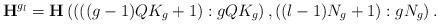
LaTeX: \begin{align*}\mathbf{H}^{g_l} = \mathbf{H}\left( \left( \left((g-1)QK_g + 1 \right):gQK_g \right), ((l-1)N_g + 1):gN_g \right).\end{align*}